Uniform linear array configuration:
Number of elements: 12
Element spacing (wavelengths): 0.5
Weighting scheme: cosine
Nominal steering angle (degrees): -45
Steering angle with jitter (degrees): -44.211
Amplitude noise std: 0.05
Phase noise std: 0.05

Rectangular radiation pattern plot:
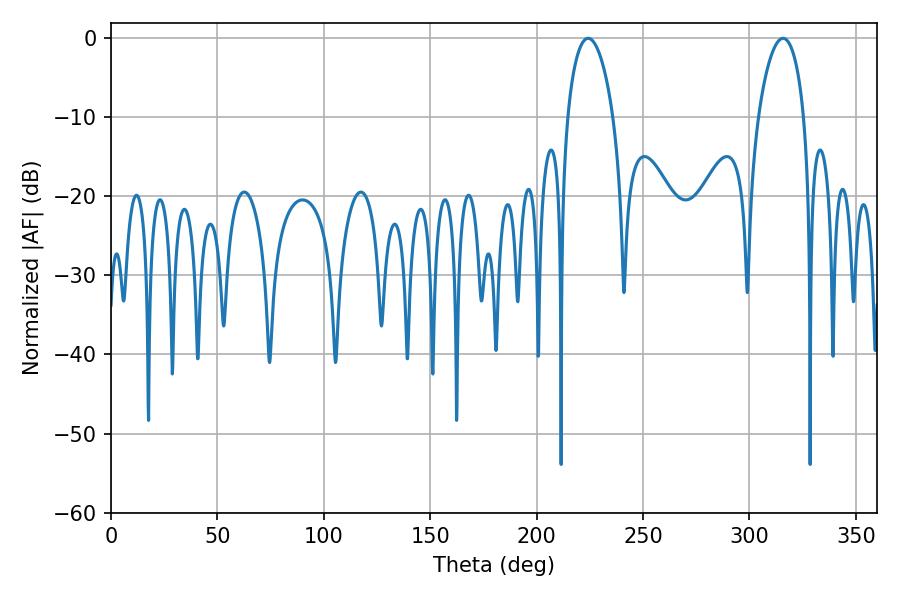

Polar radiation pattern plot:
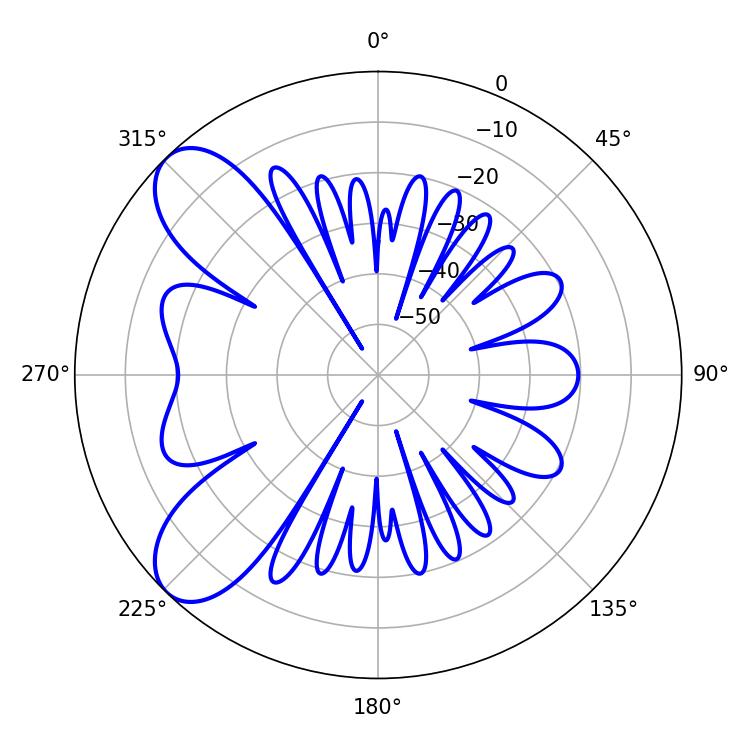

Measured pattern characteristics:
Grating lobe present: FALSE
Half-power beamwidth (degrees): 12.24
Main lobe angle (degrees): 224.28